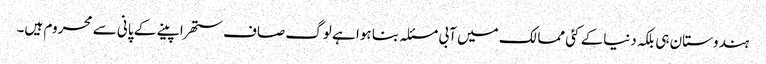
ہندوستان ہی بلکہ دنیاکے کئی ممالک میں آبی مسئلہ بنا ہوا ہے لوگ صاف ستھرا پینے کے پانی سے محروم ہیں۔